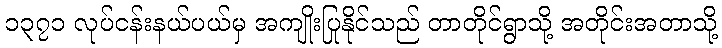
၁၃၇၁ လုပ်ငန်းနယ်ပယ်မှ အကျိုးပြုနိုင်သည် တာတိုင်ရွာသို့ အတိုင်းအတာသို့